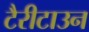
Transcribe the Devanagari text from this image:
टैरीटाउन